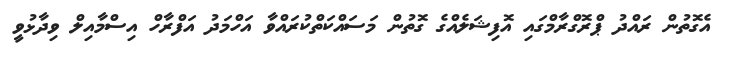
އެގޮތުން ރައްދު ޕްރޮގްރާމްގައި އޮފިޝަލެއްގެ ގޮތުން މަސައްކަތްކުރައްވާ އަހްމަދު އަފްރާހް އިސްމާއިލް ވިދާޅުވީ